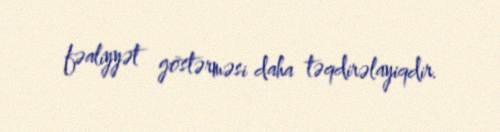
fəaliyyət göstərməsi daha təqdirəlayiqdir.